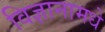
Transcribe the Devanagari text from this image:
विज्ञानामधे